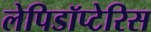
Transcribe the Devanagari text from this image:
लेपिडॉप्टेरिस